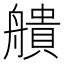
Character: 𦪒